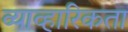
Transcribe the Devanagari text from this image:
व्याव्हारिकता